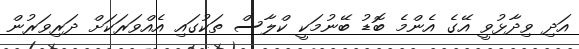
އަދި ވިދާޅުވީ އޭގެ އެންމެ ބޮޑު ބޭނުމަކީ ކްލާސް ތަކުގައި އެއްވަރަކަށް ދަރިވަރުން